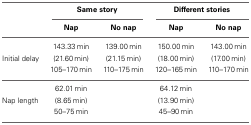
|  | <COLSPAN=2> Same story | <COLSPAN=2> Different stories |
 |  | Nap | No nap | Nap | No nap |
 | --- | --- | --- | --- | --- |
 |  | 143.33 min | 139.00 min | 150.00 min | 143.00 min |
 | Initial delay | (21.60 min) | (21.15 min) | (18.00 min) | (17.00 min) |
 |  | 105–170 min | 110–175 min | 120–165 min | 110–170 min |
 |  | 62.01 min |  | 64.12 min |  |
 | Nap length | (8.65 min) |  | (13.90 min) |  |
 |  | 50–75 min |  | 45–90 min |  |